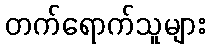
တက်ရောက်သူများ